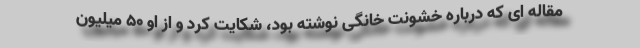
مقاله ای که درباره خشونت خانگی نوشته بود، شکایت کرد و از او ۵۰ میلیون